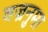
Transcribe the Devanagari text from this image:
वज्रनुमा